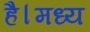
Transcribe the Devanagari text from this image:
है।मध्य